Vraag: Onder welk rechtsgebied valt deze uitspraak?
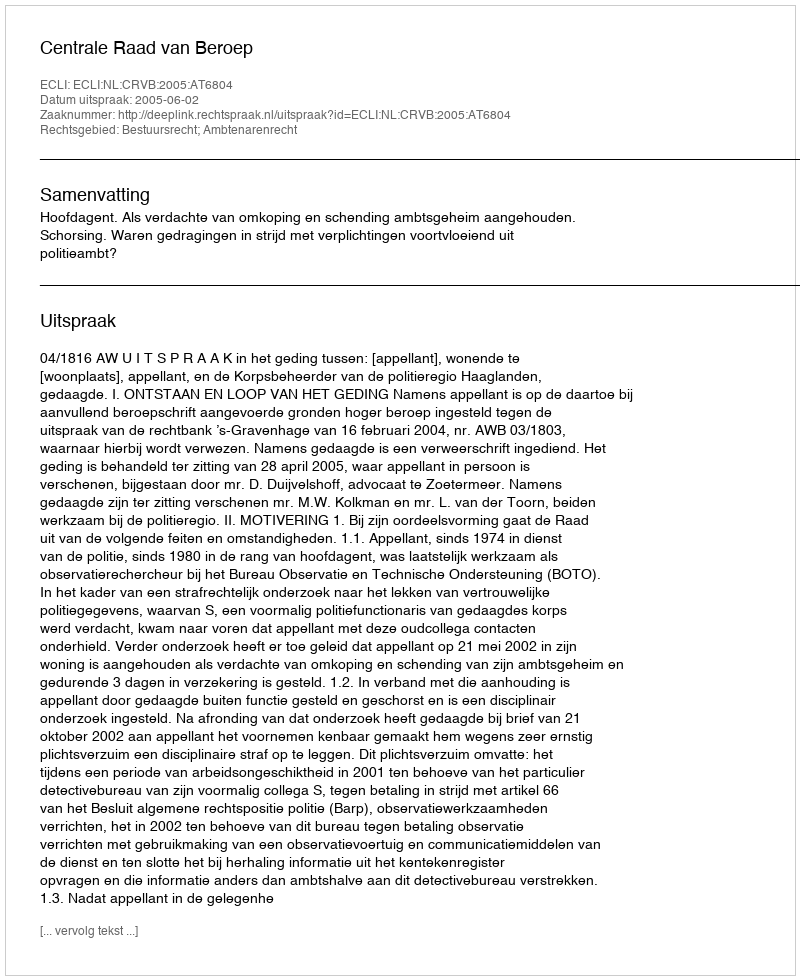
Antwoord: Bestuursrecht; Ambtenarenrecht